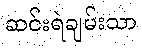
ဆင်းရဲချမ်းသာ